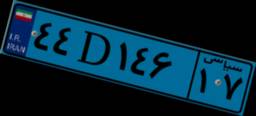
۴۴D۱۴۶۱۷